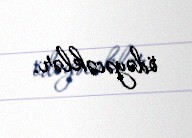
ödəyəcəklər.